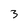
Character: 3